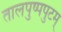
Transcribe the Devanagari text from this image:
तालपुष्पपुटम्